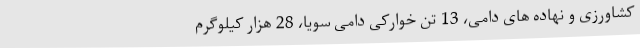
کشاورزی و نهاده های دامی، 13 تن خوارکی دامی سویا، 28 هزار کیلوگرم